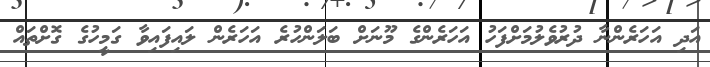
އަދި އަހަރެންނާ ދުރުވެލުމަށްފަހު އަހަރެންގެ މޫނަށް ބަލަންހުރެ އަހަރެން ލައިފައިވާ ގަމީހުގެ ގޮށްތައް